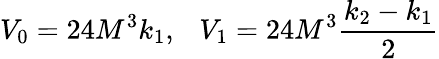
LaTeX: V_{0}=24M^{3}k_{1},~~~V_{1}=24M^{3}\frac{k_{2}-k_{1}}{2}